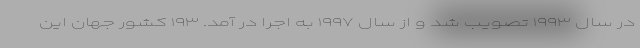
در سال ۱۹۹۳ تصویب شد و از سال ۱۹۹۷ به اجرا در آمد. ۱۹۳ کشور جهان این